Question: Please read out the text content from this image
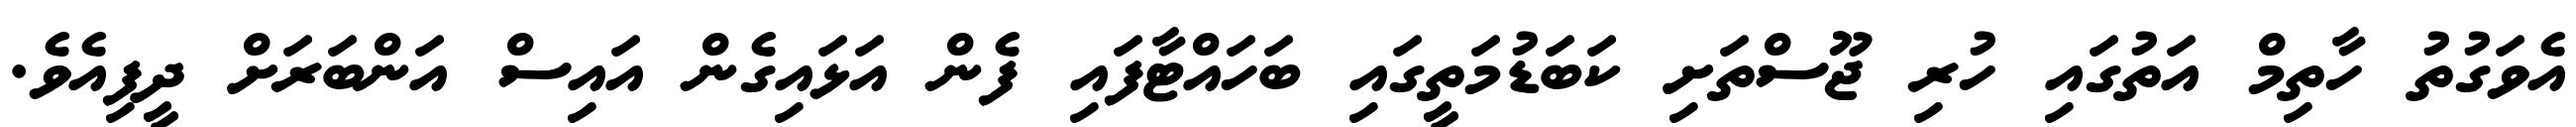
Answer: އެވަގުތު ހާތިމް އަތުގައި ހުރި ޖޫސްތަށި ކަބަޑުމަތީގައި ބަހައްޓާފައި ފެން އަޅައިގެން އައިސް އަންބަރަށް ދީފިއެވެ.